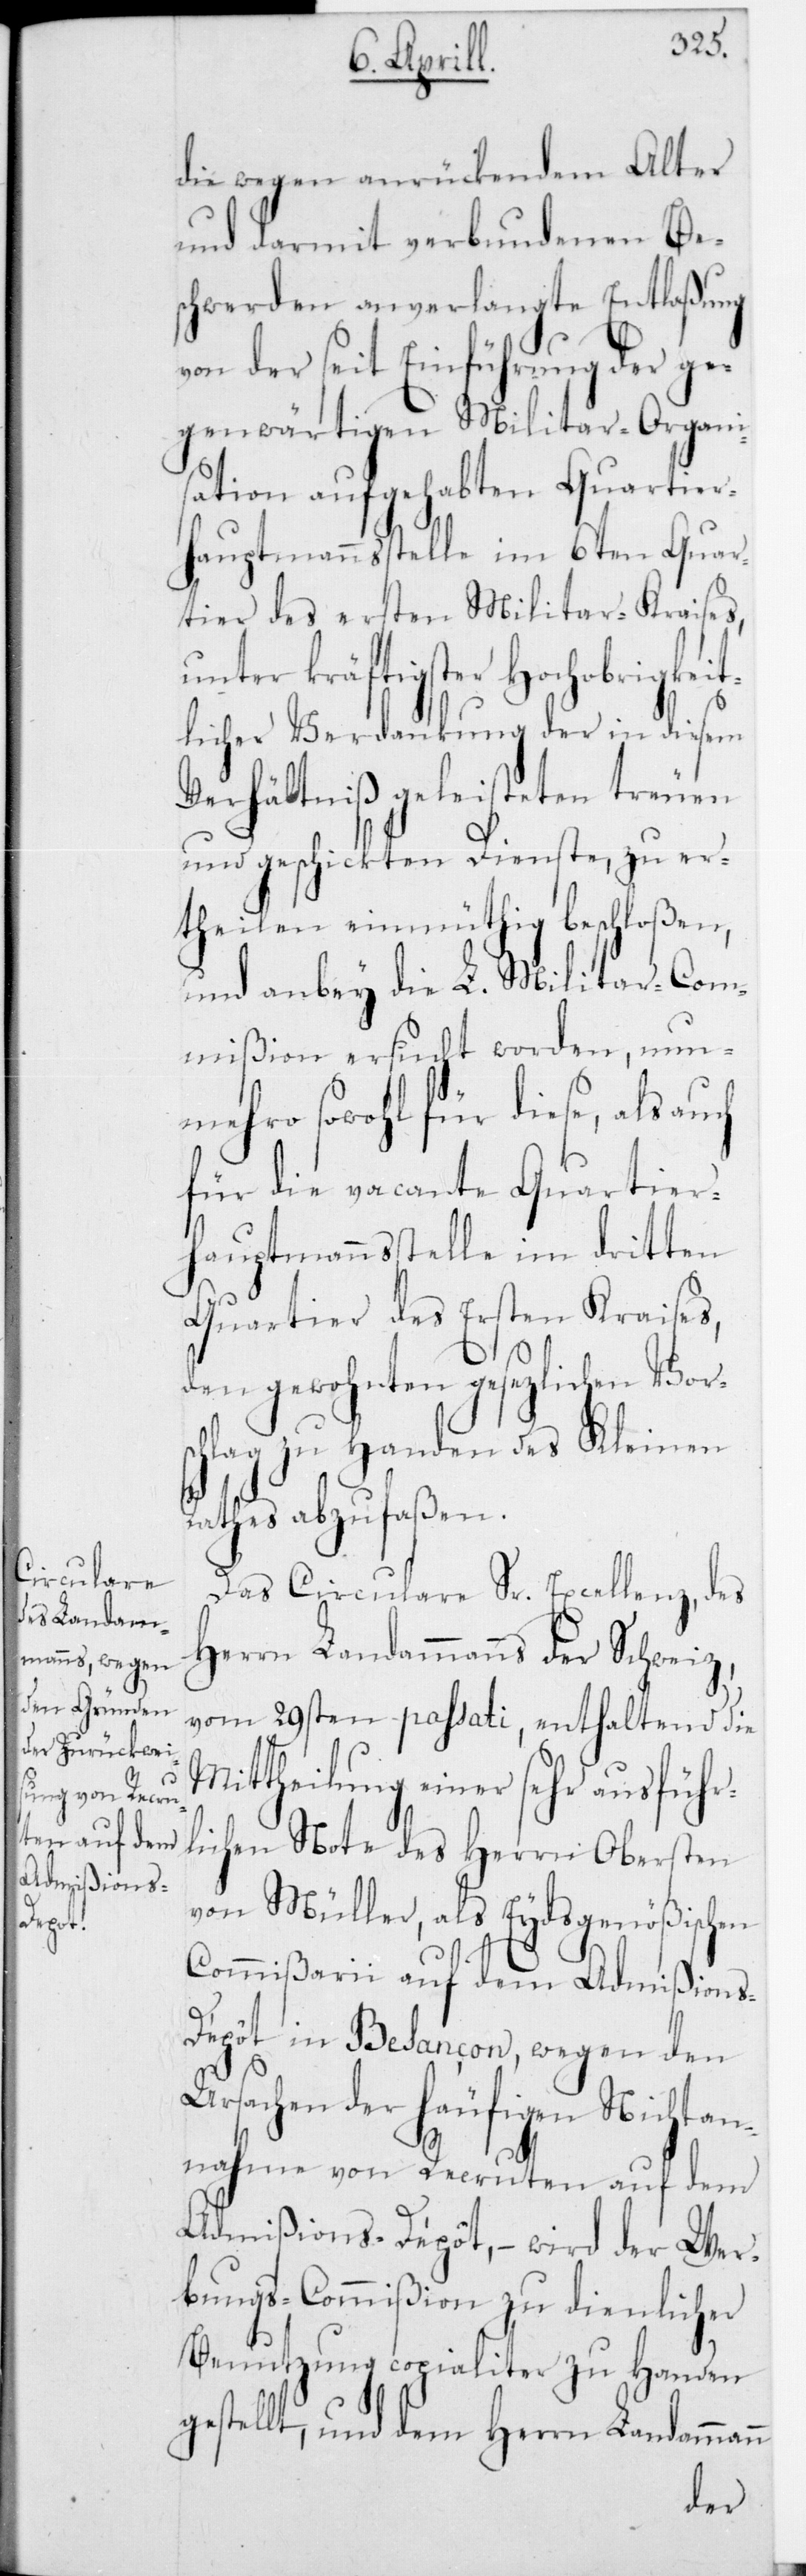
Urs¬
die wegen anrückendem Alter
und darmit verbundenen Be¬
schwerden anverlangte Entlaßung
von der seit Einführung der ge¬
genwärtigen Militar-Organi¬
sation aufgehabten Quartier¬
hauptmannsstelle im 6ten Quar¬
tier des ersten Militar-Kreises,
unter kräftigster Hochobrigkei¬
tlicher Verdankung der in diesem
Verhältniß geleisteten treuen
und geschickten Dienste, zu er¬
theilen einmüthig beschloßen,
und anbey die L. Militar-Com¬
mißion ersucht worden, nun¬
mehro sowohl für diese, als auch
für die vacante Quartier¬
hauptmannsstelle im dritten
Quartier des Ersten Kreises,
den gewohnten gesezlichen Vor¬
schlag zu Handen des Kleinen
Rathes abzufaßen.
Das Circulare Sr. Excellenz, des
Herrn Landammanns der Schweiz,
vom 29sten passati, enthaltend die
Mittheilung einer sehr ausführ¬
lichen Note des Herrn Obersten
von Müller, als Eydsgenößischen
Commißarii auf dem Admißions-D¬
épôt in Besançon, wegen den
achen der häufigen Nichtan¬
nahme von Recruten auf dem
Admißions-Dépôt, – wird der Wer¬
bungs-Commißion zu dienlicher
Benutzung copialiter zu Handen
gestellt, und dem Herrn Landammann